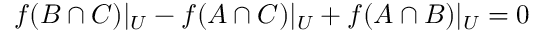
f ( B \cap C ) | _ { U } - f ( A \cap C ) | _ { U } + f ( A \cap B ) | _ { U } = 0